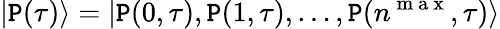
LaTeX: |\mathtt{P}(\tau)\rangle=|\mathtt{P}(0,\tau),\mathtt{P}(1,\tau),\ldots,\mathtt{P}(n^{\mathrm{{~m~a~x~}}},\tau)\rangle